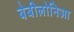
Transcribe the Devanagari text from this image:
बेबीलोनिआ